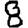
Digit: 8